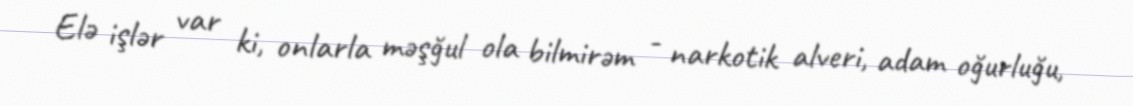
Elə işlər var ki, onlarla məşğul ola bilmirəm - narkotik alveri, adam oğurluğu,